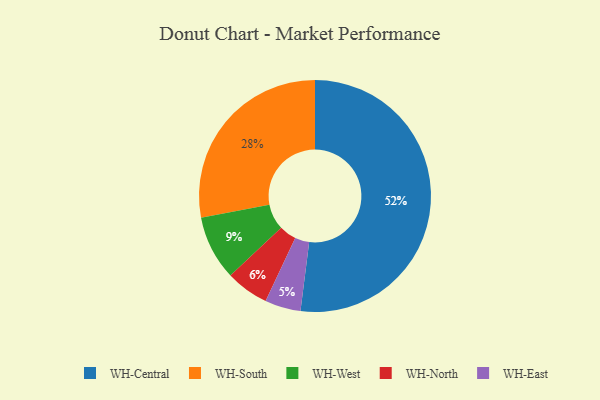
{"axis": {"x": "Category", "y": "Percentage"}, "legend": ["WH-Central", "WH-East", "WH-North", "WH-South", "WH-West"], "data": [{"x": "WH-Central", "y": 52, "type": "WH-Central"}, {"x": "WH-East", "y": 5, "type": "WH-East"}, {"x": "WH-South", "y": 28, "type": "WH-South"}, {"x": "WH-West", "y": 9, "type": "WH-West"}, {"x": "WH-North", "y": 6, "type": "WH-North"}]}